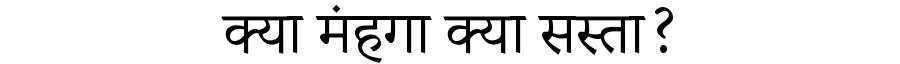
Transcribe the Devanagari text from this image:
क्या मंहगा क्या सस्ता?